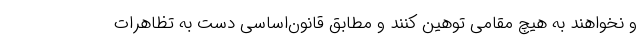
و نخواهند به هیچ مقامی توهین کنند و مطابق قانون‌اساسی دست به تظاهرات